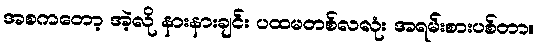
အစကတော့ အဲ့လို နားနားချင်း ပထမတစ်လလုံး အရမ်းစားပစ်တာ။